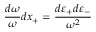
\frac { d \omega } { \omega } d x _ { + } = \frac { d \varepsilon _ { + } d \varepsilon _ { - } } { \omega ^ { 2 } }